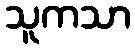
သူကသာ